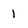
Character: 1